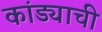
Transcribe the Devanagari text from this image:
कांड्याची